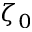
\zeta _ { 0 }